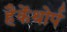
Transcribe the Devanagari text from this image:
हैकेंथोर्प